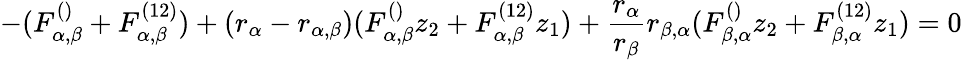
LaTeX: -(F_{\alpha,\beta}^{()}+F_{\alpha,\beta}^{(12)})+(r_{\alpha}-r_{\alpha,\beta})(F_{\alpha,\beta}^{()}z_{2}+F_{\alpha,\beta}^{(12)}z_{1})+\frac{r_{\alpha}}{r_{\beta}}r_{\beta,\alpha}(F_{\beta,\alpha}^{()}z_{2}+F_{\beta,\alpha}^{(12)}z_{1})=0